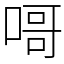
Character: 𠹭